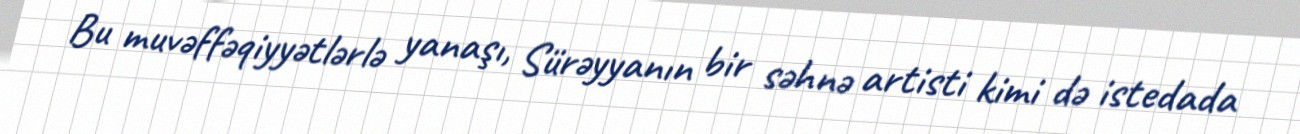
Bu muvəffəqiyyətlərlə yanaşı, Sürəyyanın bir səhnə artisti kimi də istedada